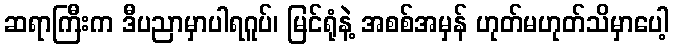
ဆရာကြီးက ဒီပညာမှာပါရဂူပ်၊ မြင်ရုံနဲ့ အစစ်အမှန် ဟုတ်မဟုတ်သိမှာပေါ့